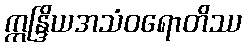
ဣန္ဒြိယအသံဝရောတိဿ